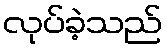
လုပ်ခဲ့သည်